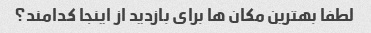
لطفا بهترین مکان ها برای بازدید از اینجا کدامند؟